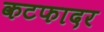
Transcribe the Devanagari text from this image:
कटफादर